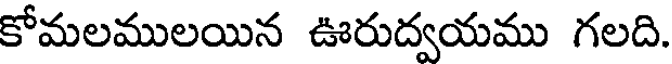
కోమలములయిన ఊరుద్వయము గలది.